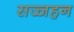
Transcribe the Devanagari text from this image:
सज्जहन